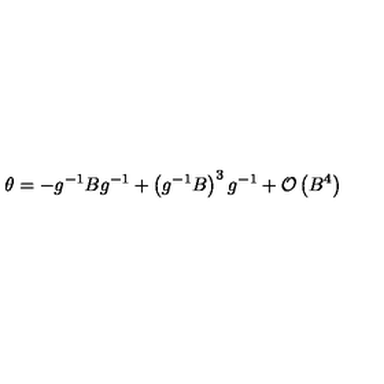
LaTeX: \theta = - g ^ { - 1 } B g ^ { - 1 } + \left( g ^ { - 1 } B \right) ^ { 3 } g ^ { - 1 } + \mathcal { O } \left( B ^ { 4 } \right)